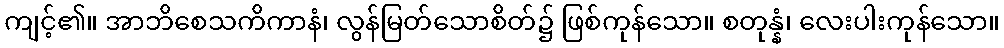
ကျင့်၏။ အာဘိစေသကိကာနံ၊ လွန်မြတ်သောစိတ်၌ ဖြစ်ကုန်သော။ စတုန္နံ၊ လေးပါးကုန်သော။